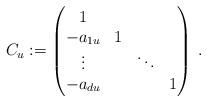
LaTeX: \begin{align*}C_u := \left(\begin{matrix} 1 & \\ -a_{1u} & 1 \\ \vdots & & \ddots \\ -a_{du} & & &1\end{matrix}\right)\, .\end{align*}